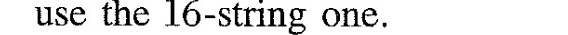
use the 16-string one.